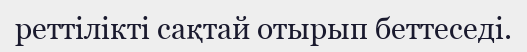
реттілікті сақтай отырып беттеседі.